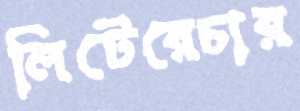
লিটেরেচার